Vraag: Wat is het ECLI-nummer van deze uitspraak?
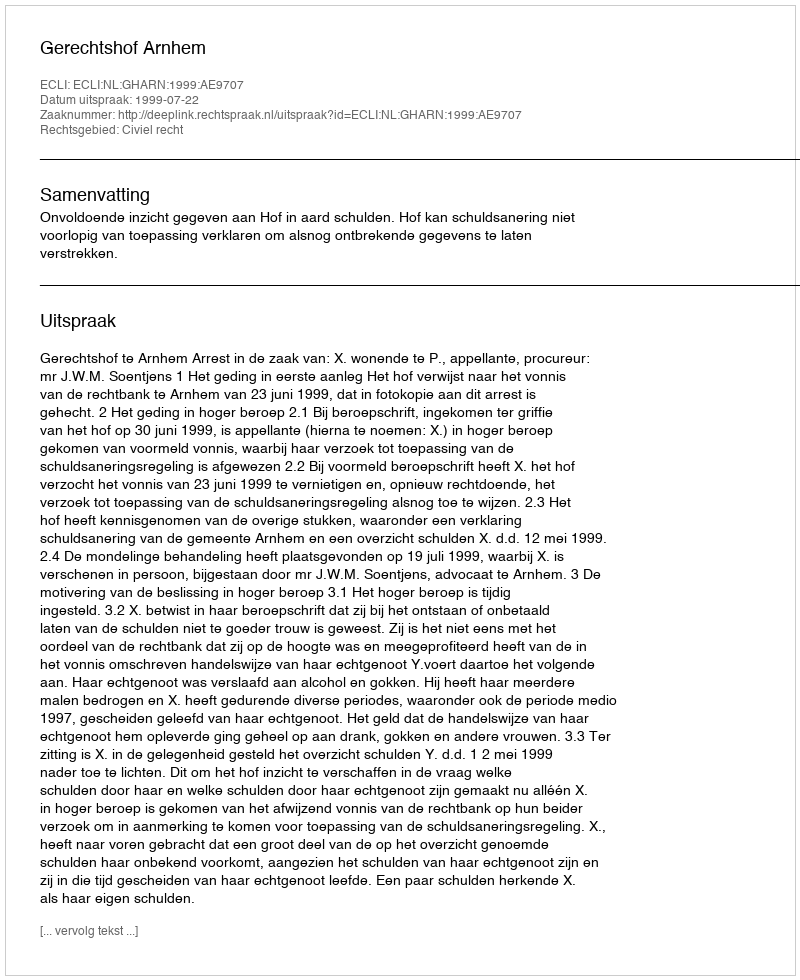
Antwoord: ECLI:NL:GHARN:1999:AE9707